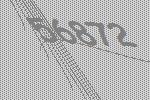
56872